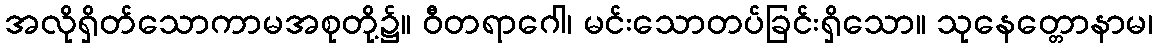
အလိုရှိတ်သောကာမအစုတို့၌။ ဝီတရာဂေါ၊ မင်းသောတပ်ခြင်းရှိသော။ သုနေတ္တောနာမ၊